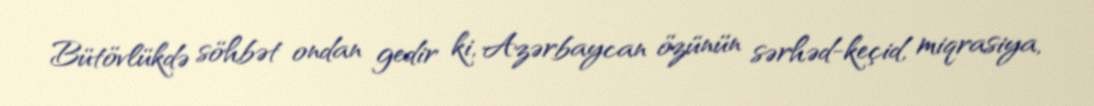
Bütövlükdə söhbət ondan gedir ki, Azərbaycan özünün sərhəd-keçid, miqrasiya,